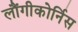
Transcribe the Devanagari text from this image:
लौंगीकोर्निस